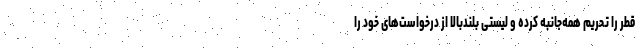
قطر را تحریم همه‌جانبه کرده و لیستی بلندبالا از درخواست‌های خود را